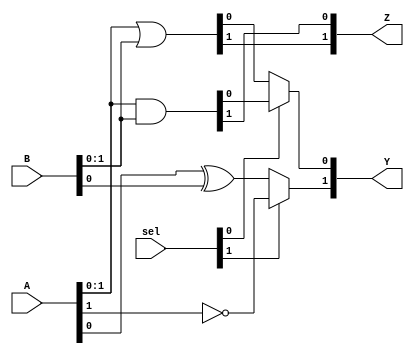
module CLB #(
    parameter NUM_INPUTS = 4,    // Number of inputs
    parameter NUM_OUTPUTS = 2     // Number of outputs
)(
    input wire [NUM_INPUTS-1:0] A, // Input signals
    input wire [NUM_INPUTS-1:0] B, // Input signals
    input wire [NUM_INPUTS-1:0] sel, // Selector signals for multiplexers
    output wire [NUM_OUTPUTS-1:0] Y,  // Output signals
    output wire [NUM_OUTPUTS-1:0] Z   // Output signals
);

// Internal logic declarations
wire [NUM_INPUTS-1:0] inv_A;          // Inverted A
wire [NUM_INPUTS-1:0] and_out;        // AND gate output
wire [NUM_INPUTS-1:0] or_out;         // OR gate output
wire xor_out;                         // XOR gate output

// Logic Operations
// Inverter
genvar i;
generate
    for (i = 0; i < NUM_INPUTS; i = i + 1) begin : inv
        assign inv_A[i] = ~A[i];      // NOT operation
    end
endgenerate

// AND logic
assign and_out = A & B;

// OR logic
assign or_out = A | B;

// XOR logic for a single output
assign xor_out = A[0] ^ B[0];         // Example for XOR, can be modified as needed

// Multiplexing Outputs
// The outputs would be decided based on selector (sel)
assign Y[0] = (sel[0]) ? and_out[0] : or_out[0];  // Multiplexing
assign Y[1] = (sel[1]) ? inv_A[1] : xor_out;      // Multiplexing

// Second output logic can be provided similarly
assign Z[0] = and_out[1];                  // Further connections
assign Z[1] = or_out[1];

// Timing Constraints are often considered within the synthesis tool
// Testing and Verification can be achieved through additional testbench code

endmodule